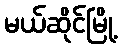
မယ်ဆိုင်မြို့